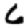
Digit: 6